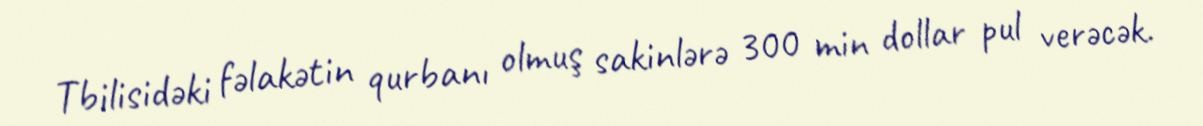
Tbilisidəki fəlakətin qurbanı olmuş sakinlərə 300 min dollar pul verəcək.